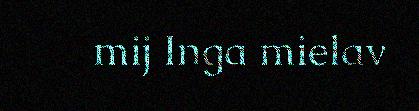
mij Inga mielav